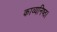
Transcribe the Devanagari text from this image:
काव्यनिष्ठ।